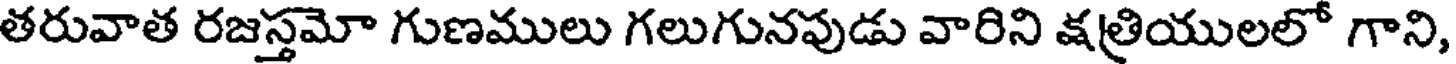
తరువాత రజస్తమో గుణములు గలుగునపుడు వారిని క్షత్రియులలో గాని,